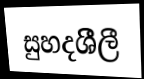
සුහදශීීලී